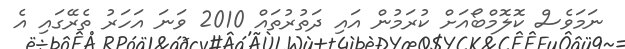
ނަމަވެސް ކޮލޮމްބޯއަށް ކުރަމުން އައި ދަތުރުތައް 2010 ވަނަ އަހަރު ތެރޭގައި އެ